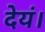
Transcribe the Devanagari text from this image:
देयं।